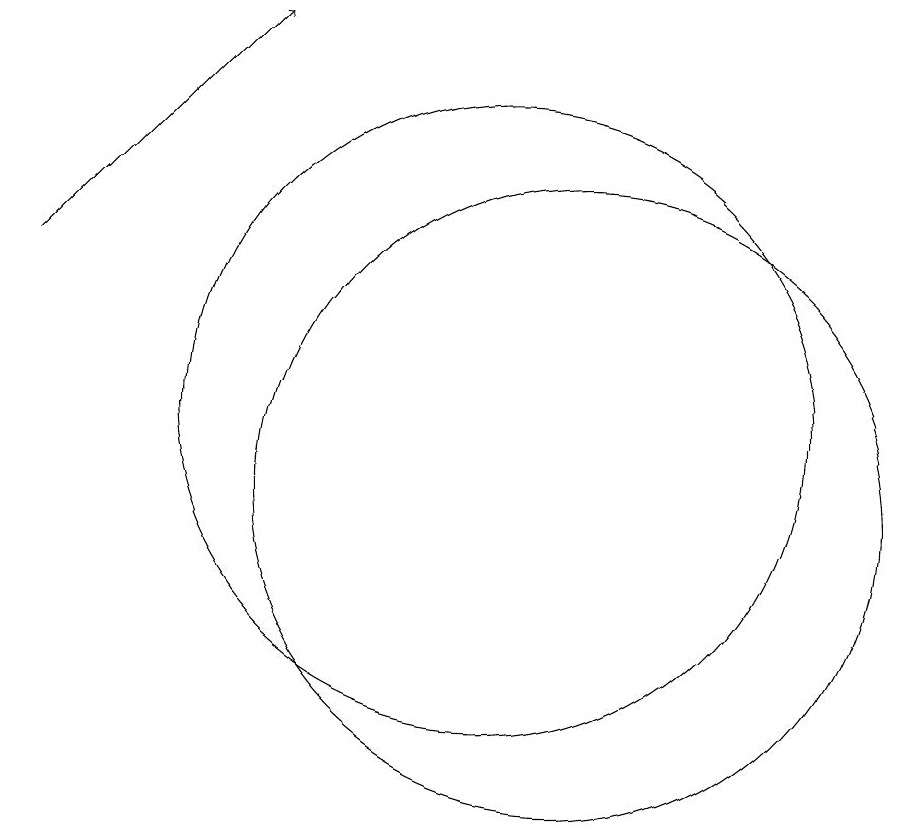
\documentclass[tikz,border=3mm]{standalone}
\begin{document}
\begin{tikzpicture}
\draw[->] (4,13) -- (7,16);
\draw (11,10) circle (4);
\draw (10,11) circle (4);
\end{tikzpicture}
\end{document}